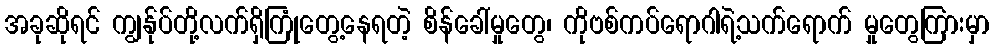
အခုဆိုရင် ကျွန်ုပ်တို့လက်ရှိကြုံတွေ့နေရတဲ့ စိန်ခေါ်မှုတွေ၊ ကိုဗစ်ကပ်ရောဂါရဲ့သက်ရောက် မှုတွေကြားမှာ